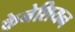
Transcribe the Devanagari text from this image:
केनेशियन